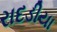
રાદડીયા